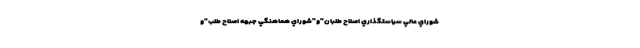
شوراي عالي سياستگذاري اصلاح طلبان"و"شوراي هماهنگي جبهه اصلاح طلب"و